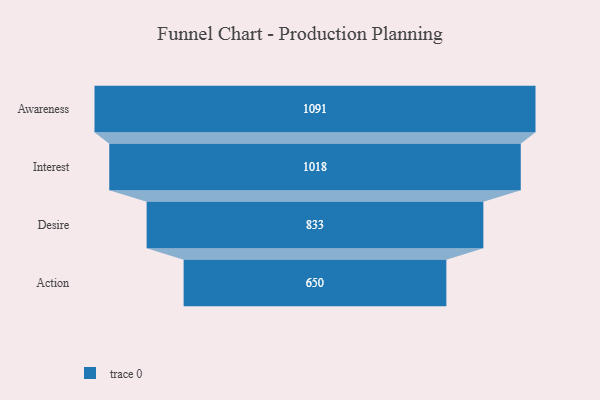
{"axis": {"x": "Stage", "y": "Value"}, "legend": [""], "data": [{"x": "Awareness", "y": 1091.0, "type": ""}, {"x": "Interest", "y": 1018.0, "type": ""}, {"x": "Desire", "y": 833.0, "type": ""}, {"x": "Action", "y": 650.0, "type": ""}]}